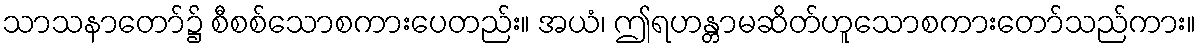
သာသနာတော်၌ စီစစ်သောစကားပေတည်း။ အယံ၊ ဤရဟန္တာမဆိတ်ဟူသောစကားတော်သည်ကား။